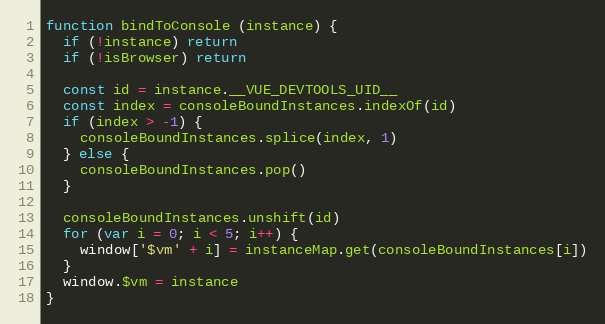
Language: JavaScript
function bindToConsole (instance) {
  if (!instance) return
  if (!isBrowser) return

  const id = instance.__VUE_DEVTOOLS_UID__
  const index = consoleBoundInstances.indexOf(id)
  if (index > -1) {
    consoleBoundInstances.splice(index, 1)
  } else {
    consoleBoundInstances.pop()
  }

  consoleBoundInstances.unshift(id)
  for (var i = 0; i < 5; i++) {
    window['$vm' + i] = instanceMap.get(consoleBoundInstances[i])
  }
  window.$vm = instance
}